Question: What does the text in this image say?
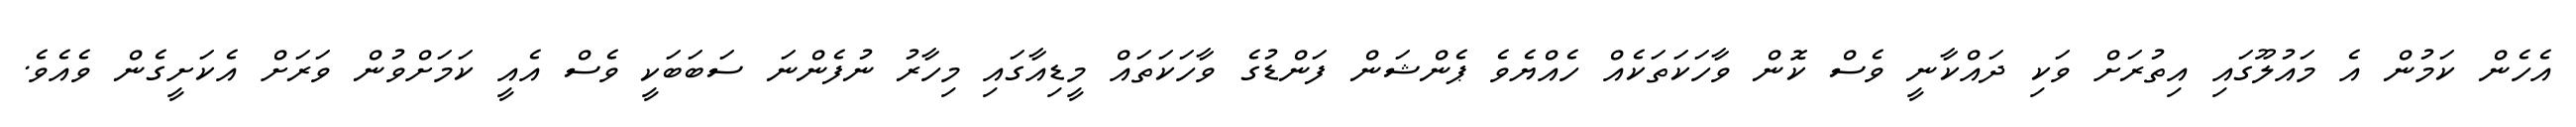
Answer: އެހެން ކަމުން އެ މައުލޫގައި އިތުރަށް ވަކި ދައްކާނީ ވެސް ކޮން ވާހަކަތަކެއް ހެއްޔެވެ ޕެންޝަން ފަންޑުގެ ވާހަކަތައް މީޑިއާގައި މިހާރު ނުފެންނަ ސަބަބަކީ ވެސް އެއީ ކަމަށްވުން ވަރަށް އެކަށީގެން ވެއެވެ.